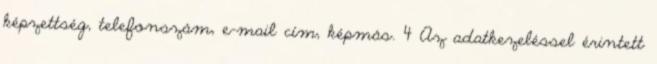
képzettség, telefonszám, e-mail cím, képmás. 4 Az adatkezeléssel érintett